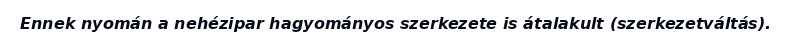
Ennek nyomán a nehézipar hagyományos szerkezete is átalakult (szerkezetváltás).